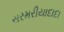
સરમરીયાદાદા